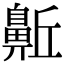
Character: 𪖛